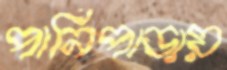
পানিপাড়ায়